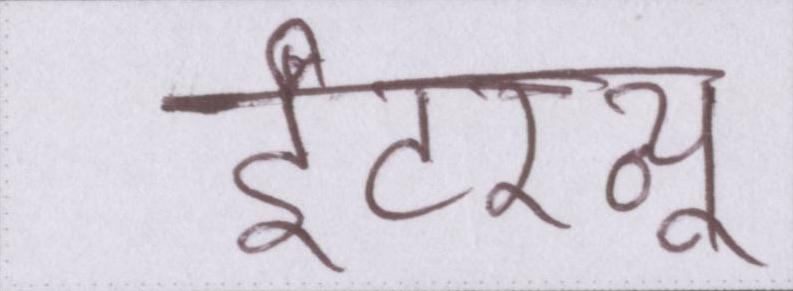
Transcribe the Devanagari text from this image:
इंटरव्यू